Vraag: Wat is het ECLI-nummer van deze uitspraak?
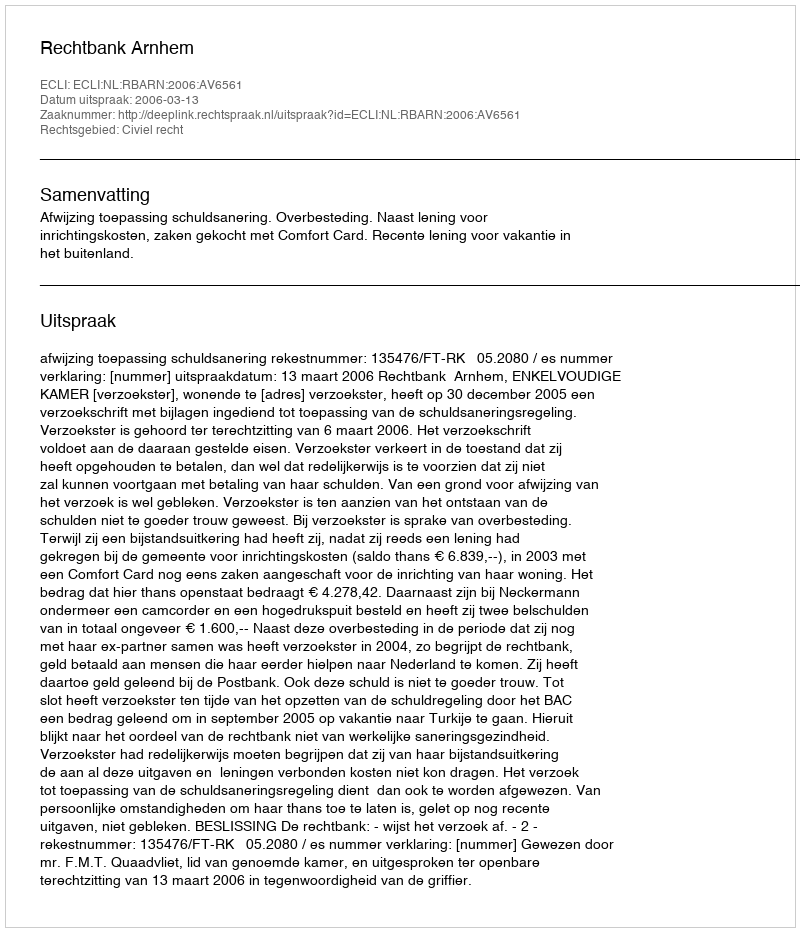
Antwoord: ECLI:NL:RBARN:2006:AV6561